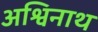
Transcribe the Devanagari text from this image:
अश्विनाथ